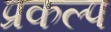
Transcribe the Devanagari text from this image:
प्रकल्‍प